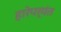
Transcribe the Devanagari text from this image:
हारेपर्यंत